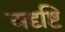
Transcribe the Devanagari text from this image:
अदृष्टि